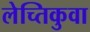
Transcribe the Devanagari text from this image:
लेच्तिकुवा